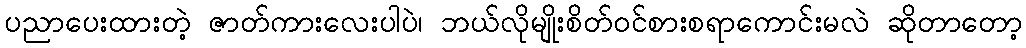
ပညာပေးထားတဲ့ ဇာတ်ကားလေးပါပဲ၊ ဘယ်လိုမျိုးစိတ်ဝင်စားစရာကောင်းမလဲ ဆိုတာတော့